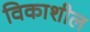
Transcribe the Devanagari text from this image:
विकाशील